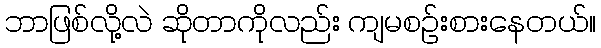
ဘာဖြစ်လို့လဲ ဆိုတာကိုလည်း ကျမစဉ်းစားနေတယ်။